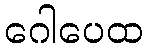
ဂေါပေထ